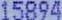
15894